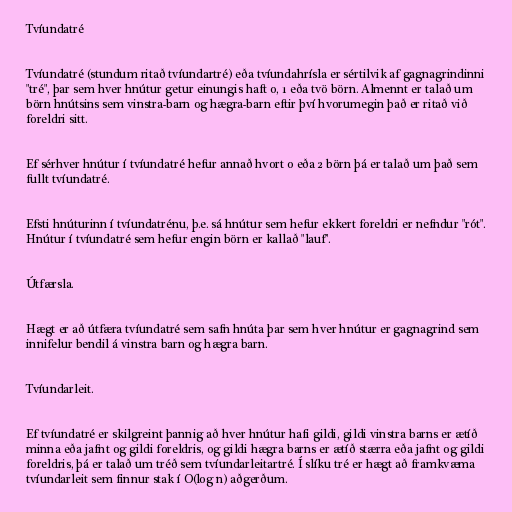
Tvíundatré

Tvíundatré (stundum ritað tvíundartré) eða tvíundahrísla er sértilvik af gagnagrindinni
"tré", þar sem hver hnútur getur einungis haft 0, 1 eða tvö börn. Almennt er talað um
börn hnútsins sem vinstra-barn og hægra-barn eftir því hvorumegin það er ritað við
foreldri sitt.

Ef sérhver hnútur í tvíundatré hefur annað hvort 0 eða 2 börn þá er talað um það sem
fullt tvíundatré.

Efsti hnúturinn í tvíundatrénu, þ.e. sá hnútur sem hefur ekkert foreldri er nefndur "rót".
Hnútur í tvíundatré sem hefur engin börn er kallað "lauf".

Útfærsla.

Hægt er að útfæra tvíundatré sem safn hnúta þar sem hver hnútur er gagnagrind sem
innifelur bendil á vinstra barn og hægra barn.

Tvíundarleit.

Ef tvíundatré er skilgreint þannig að hver hnútur hafi gildi, gildi vinstra barns er ætíð
minna eða jafnt og gildi foreldris, og gildi hægra barns er ætíð stærra eða jafnt og gildi
foreldris, þá er talað um tréð sem tvíundarleitartré. Í slíku tré er hægt að framkvæma
tvíundarleit sem finnur stak í O(log n) aðgerðum.